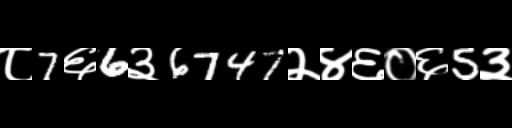
Text: ८7६6३6747२४६०६5३